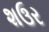
શઉર